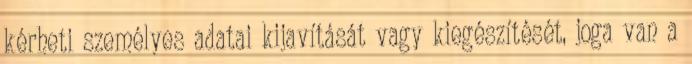
kérheti személyes adatai kijavítását vagy kiegészítését, joga van a